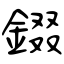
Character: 錣